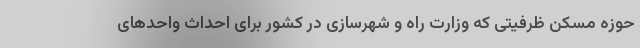
حوزه مسکن ظرفیتی که وزارت راه و شهرسازی در کشور برای احداث واحدهای